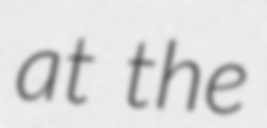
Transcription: at the